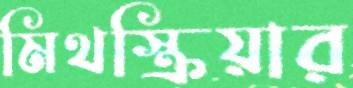
মিথস্ক্রিয়ার